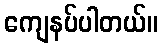
ကျေနပ်ပါတယ်။